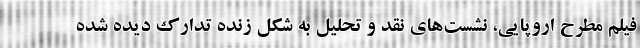
فیلم‌ مطرح اروپایی، نشست‌های نقد و تحلیل به شکل زنده تدارک دیده شده‌